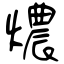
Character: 燶